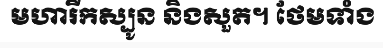
មហារីកស្បូន និងសួត។ ថែមទាំង